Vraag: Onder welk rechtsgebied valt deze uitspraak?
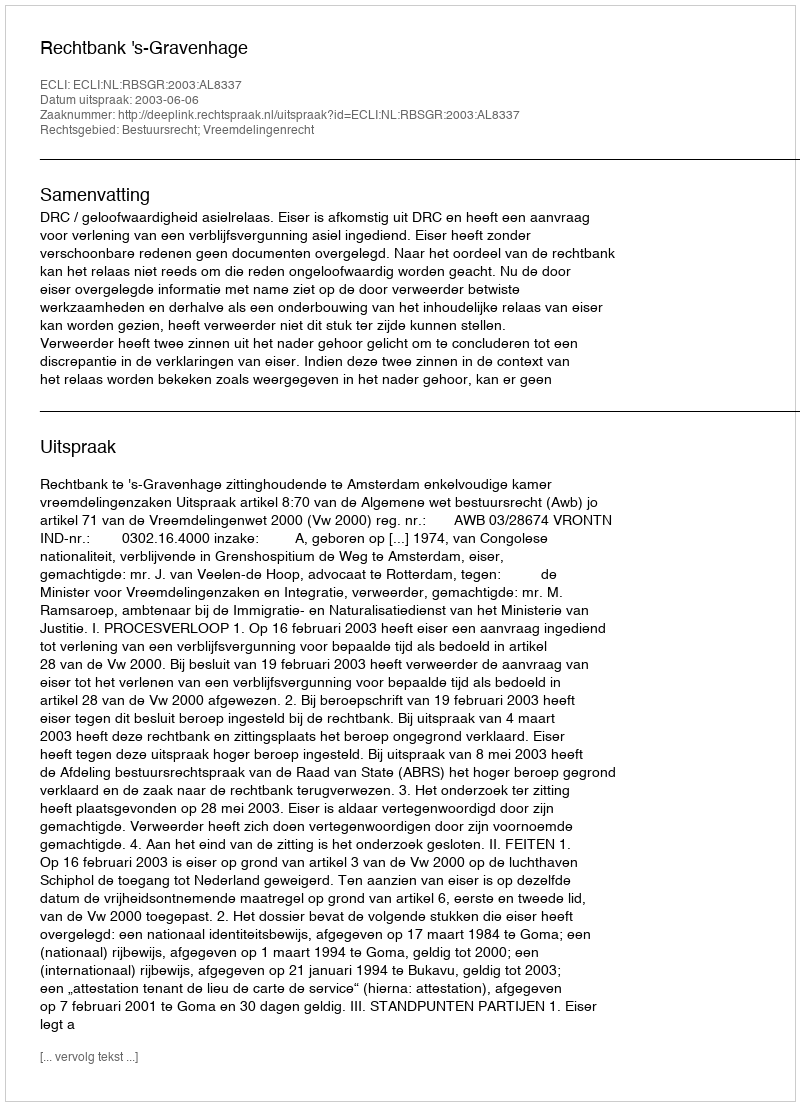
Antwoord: Bestuursrecht; Vreemdelingenrecht